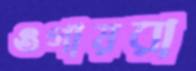
ওগায়রা